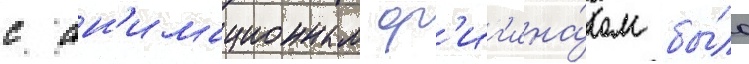
с ан'имационным ор'иг'ина́лом бы́ло